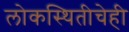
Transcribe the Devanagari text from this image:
लोकस्थितीचेही